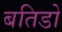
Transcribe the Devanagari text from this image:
बतिडो